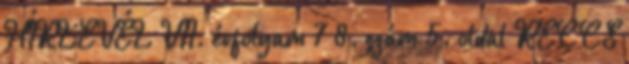
HÍRLEVÉL VII. évfolyam 7 8. szám 5. oldal RECCS